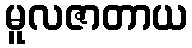
မူလဇာတာယ